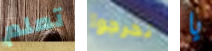
تعلم تخرجوا يا